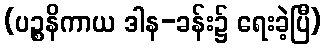
(ပဉ္စနိကာယ ဒါန-ခန်း၌ ရေးခဲ့ပြီ)